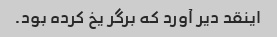
اینقد دیر آورد که برگر یخ کرده بود.